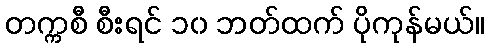
တက္ကစီ စီးရင် ၁၀ ဘတ်ထက် ပိုကုန်မယ်။